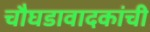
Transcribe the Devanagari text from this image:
चौघडावादकांची